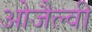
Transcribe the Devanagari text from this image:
ओजैल्वी